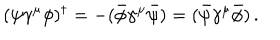
LaTeX: ( \psi \gamma ^ { \mu } \phi ) ^ { \dagger } = - ( \bar { \phi } \gamma ^ { \mu } \bar { \psi } ) = ( \bar { \psi } \gamma ^ { \mu } \bar { \phi } ) \, .